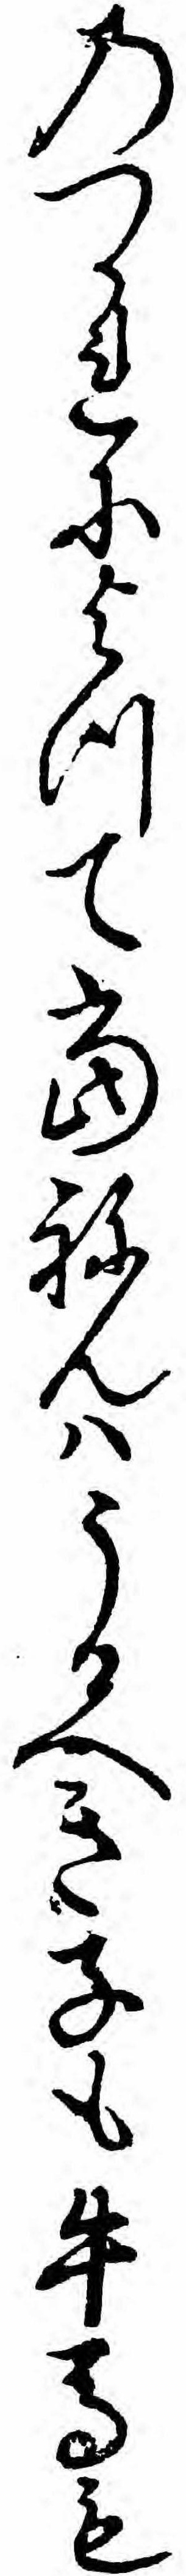
のつかれによつて当ねんハうるへき子も牛馬も